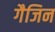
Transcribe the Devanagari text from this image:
गैजिन